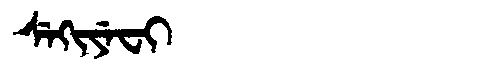
Manchu: ᠰᡝᡴᡳᠶᡝᠸᡳ
Romanization: SEKIYEFI